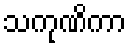
သကုဏိကာ